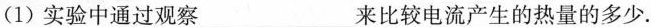
(1) 实验中通过观察___来比较电流产生的热量的多少.